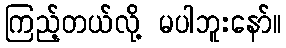
ကြည့်တယ်လို့ မပါဘူးနော်။